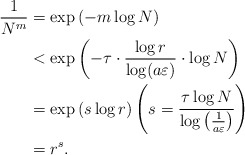
\begin{align*} \frac{1}{N^m} & = \exp\left(-m\log N\right) \\ & < \exp\left(-\tau\cdot \frac{\log r}{\log(a\varepsilon)}\cdot \log N\right) \\ & = \exp\left(s \log r\right) \left( s = \frac{\tau \log N}{\log\left(\frac{1}{a\varepsilon}\right)}\right) \\ & = r^s.\end{align*}